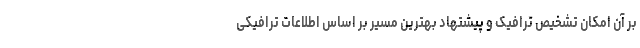
بر آن امکان تشخیص ترافیک و پیشتهاد بهترین مسیر بر اساس اطلاعات ترافیکی